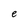
Character: e